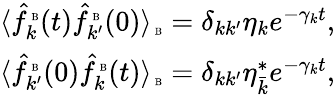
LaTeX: \begin{array}{r}{\langle\hat{f}_{k}^{\mathrm{\tiny~B}}(t)\hat{f}_{k^{\prime}}^{\mathrm{\tiny~B}}(0)\rangle_{\mathrm{\tiny~B}}=\delta_{kk^{\prime}}\eta_{k}e^{-\gamma_{k}t},}\\ {\langle\hat{f}_{k^{\prime}}^{\mathrm{\tiny~B}}(0)\hat{f}_{k}^{\mathrm{\tiny~B}}(t)\rangle_{\mathrm{\tiny~B}}=\delta_{kk^{\prime}}\eta_{\bar{k}}^{\ast}e^{-\gamma_{k}t},}\end{array}